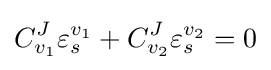
C_{v_{1}}^{J}\varepsilon _{s}^{v_{1}}+C_{v_{2}}^{J}\varepsilon _{s}^{v_{2}}=0